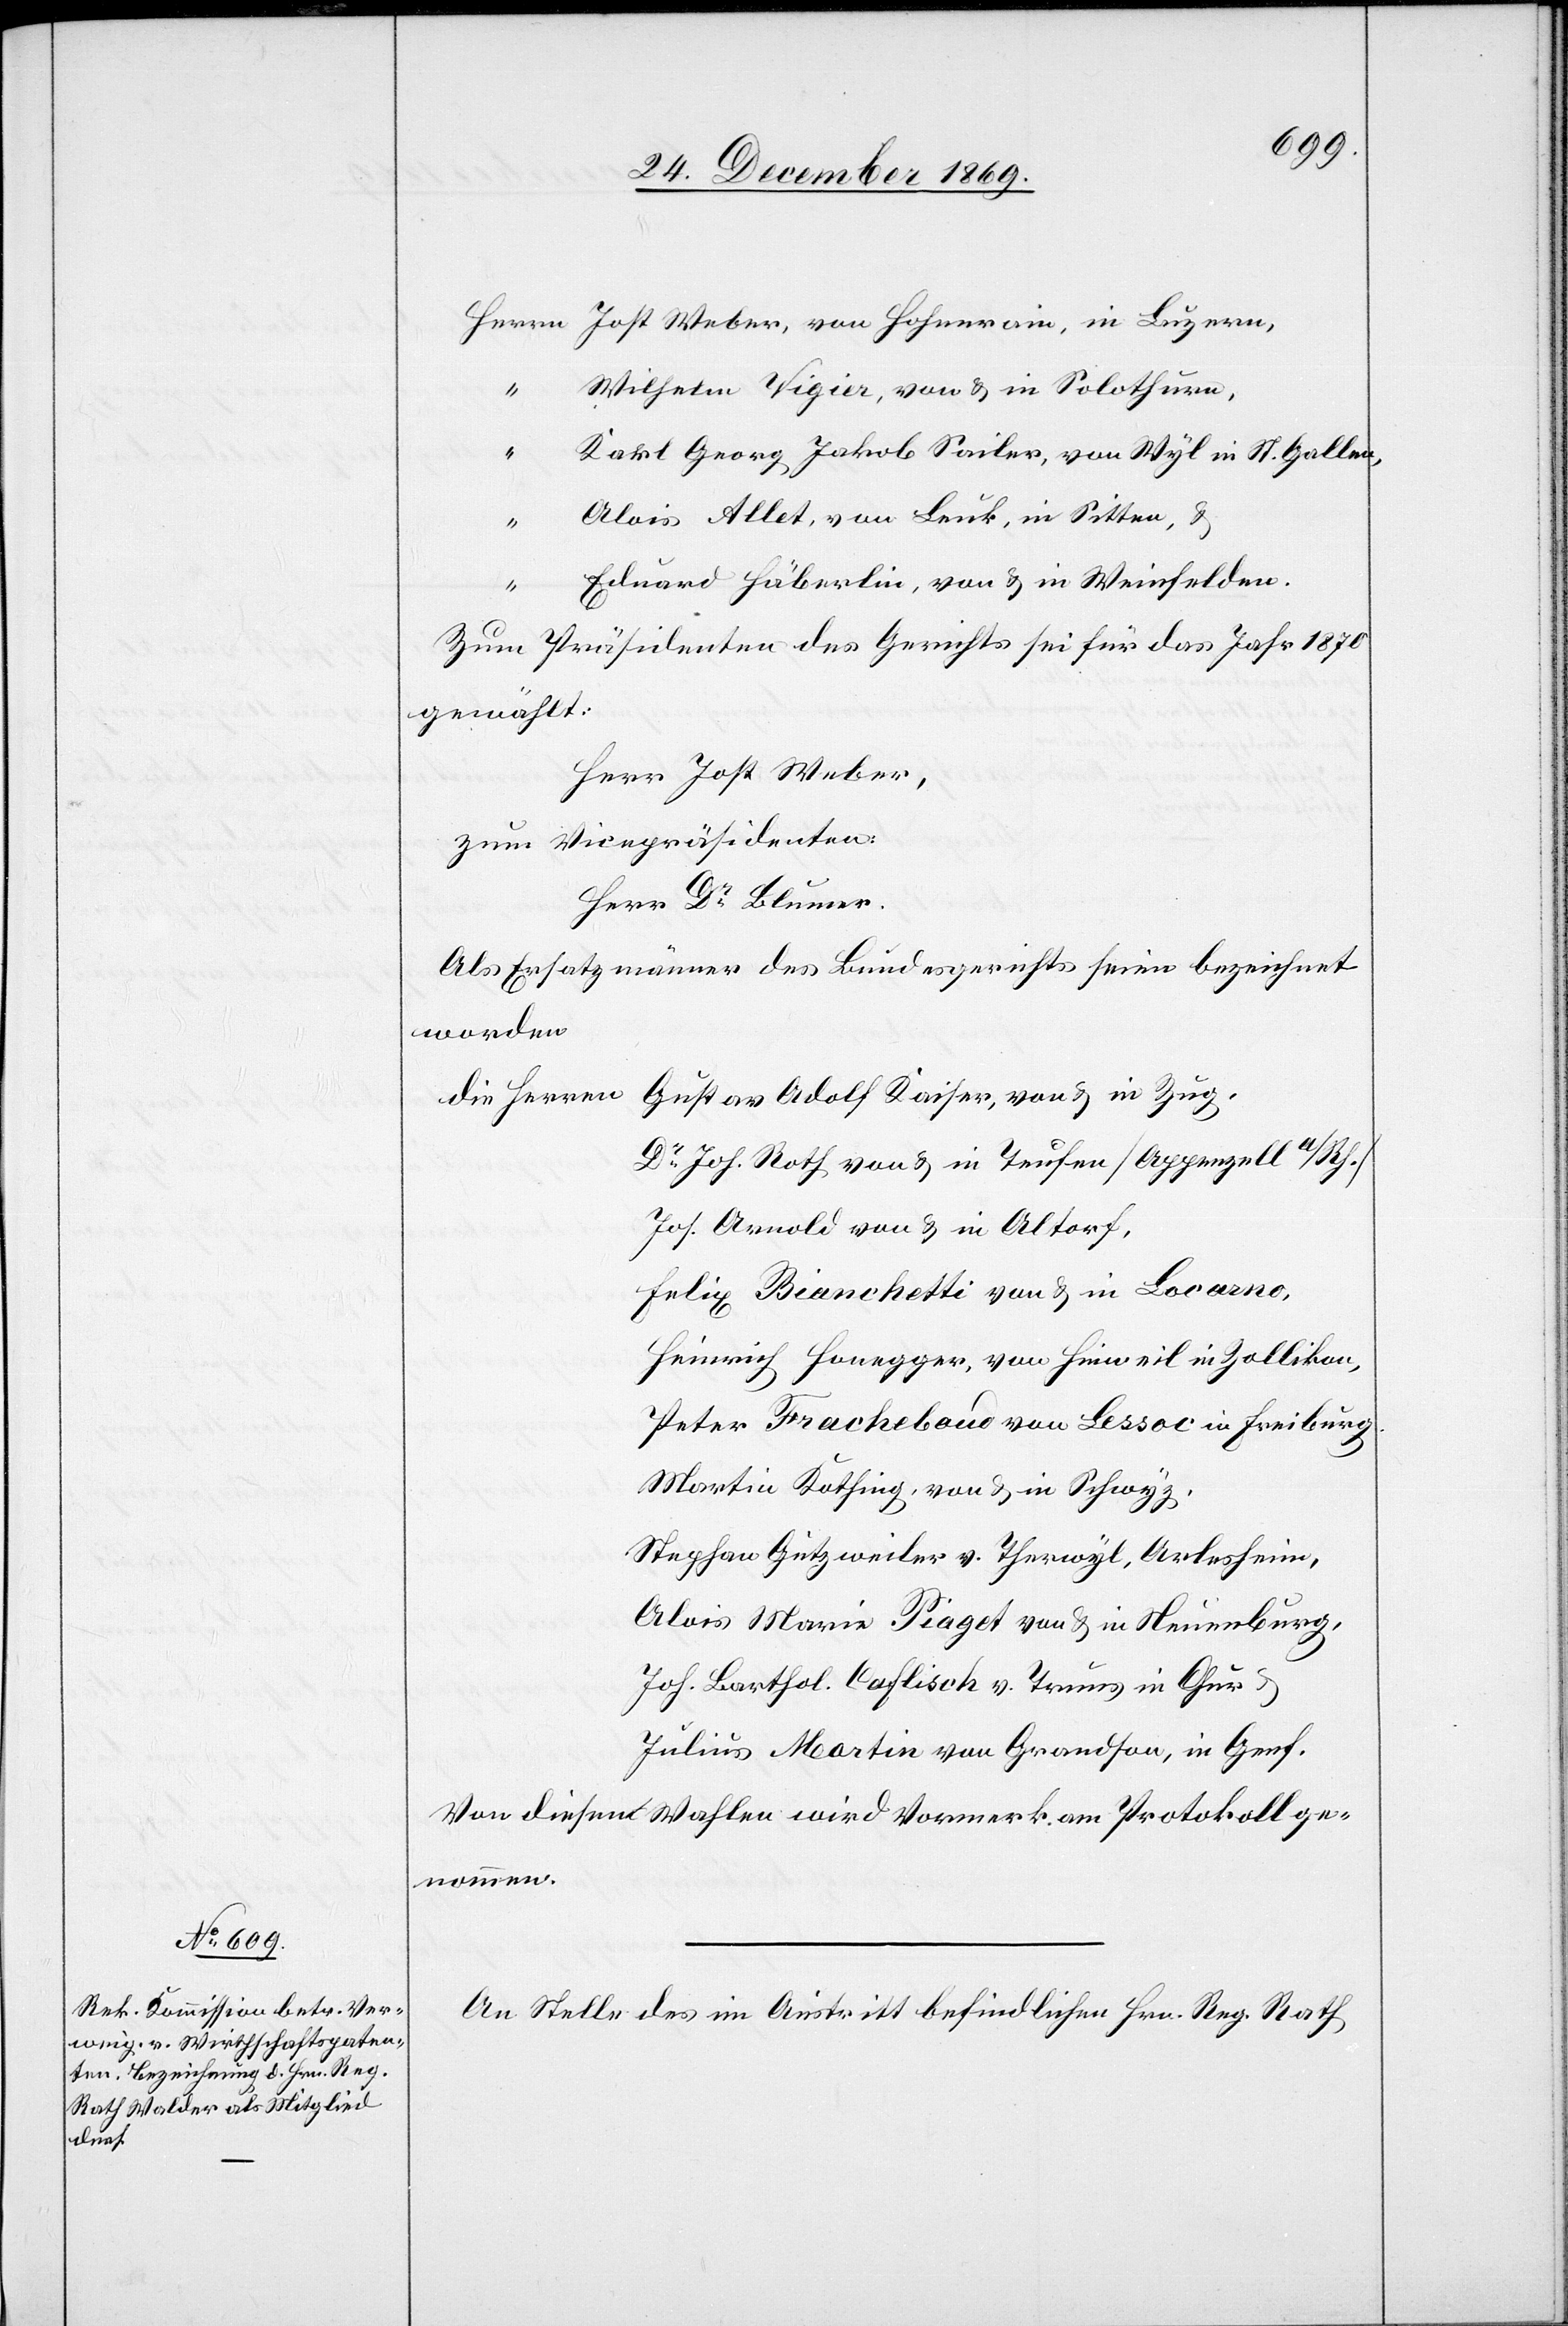
Wilhelm Vigier, von & in Solothurn,
“
Karl Georg Jakob Sailer, von Wyl in St. Gallen,
Alois Allet, von Leuk, in Sitten, &
“
Eduard Häberlin, von & in Weinfelden.
Zum Präsidenten des Gerichts sei für das Jahr 1870
gewählt:
Herr Jost Weber,
zum Vicepräsidenten:
Herr Dr Blumer.
Als Ersatzmänner des Bundesgerichts seien bezeichnet
worden
Dr Joh. Roth von & in Teufen [Appenzell a/Rh.]
Jos. Arnold von & in Altorf,
Felix Bianchetti von & in Locarno,
Heinrich Honegger, von Hinweil in Zollikon,
Peter Fracheboud von Lessoc in Freiburg.
Martin Kothing, von & in Schwyz,
Stephan Gutzweiler v. Therwyl, Arlesheim,
Alois Marie Piaget von & in Neuenburg,
Joh. Barthol. Caflisch v. Truns in Chur &
Julius Martin von Grandson, in Genf.
Von diesen Wahlen wird Vormerk am Protokoll ge¬
nommen.
An Stelle des im Austritt befindlichen Hrn. Reg. Rath